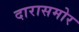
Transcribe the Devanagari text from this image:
दारासमोर